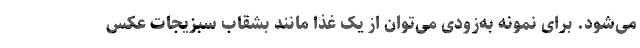
می‌شود. برای نمونه به‌زودی می‌توان از یک غذا مانند بشقاب سبزیجات عکس